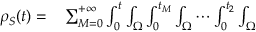
\begin{array} { r l } { { \rho } _ { S } ( t ) = } & { { } \sum _ { M = 0 } ^ { + \infty } \int _ { 0 } ^ { t } \int _ { \Omega } \int _ { 0 } ^ { t _ { M } } \int _ { \Omega } \cdots \int _ { 0 } ^ { t _ { 2 } } \int _ { \Omega } } \end{array}